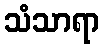
သံသာရာ